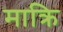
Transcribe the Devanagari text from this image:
माक्रि